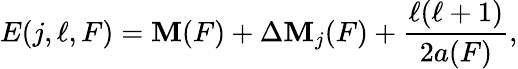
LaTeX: E(j,\ell,F)=\mathbf{M}(F)+\Delta\mathbf{M}_{j}(F)+{\frac{{\ell(\ell+1)}}{{2a(F)}}},